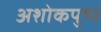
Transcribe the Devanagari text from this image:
अशोकपुष्प